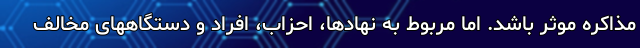
مذاکره موثر باشد. اما مربوط به نهادها، احزاب، افراد و دستگاههای مخالف